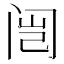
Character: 闿